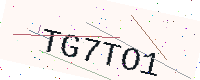
Text: TG7TO1